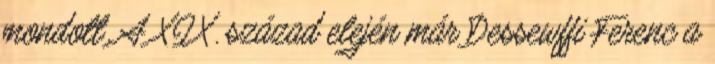
mondott. A XIX. század elején már Dessewffi Ferenc a